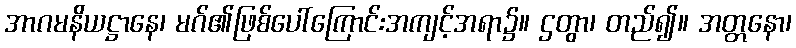
အာဂမနိယဋ္ဌာနေ၊ မဂ်၏ဖြစ်ပေါ်ကြောင်းအကျင့်အရာ၌။ ဌတွာ၊ တည်၍။ အတ္တနော၊